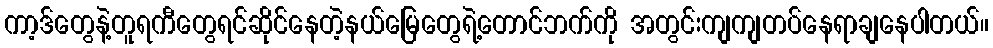
ကာ့ဒ်တွေနဲ့တူရကီတွေရင်ဆိုင်နေတဲ့နယ်မြေတွေရဲ့တောင်ဘက်ကို အတွင်းကျကျတပ်နေရာချနေပါတယ်။